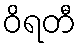
ဝိရတီ